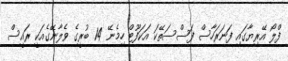
ފްލޯ އޭރިޔާގައި ފަނަރަހާސް ފަސްސަތޭކަ އަކަފޫޓް ހިމެނޭ 14 ބުރީގެ ވެލާނޭގެއަކީ ރައީސް